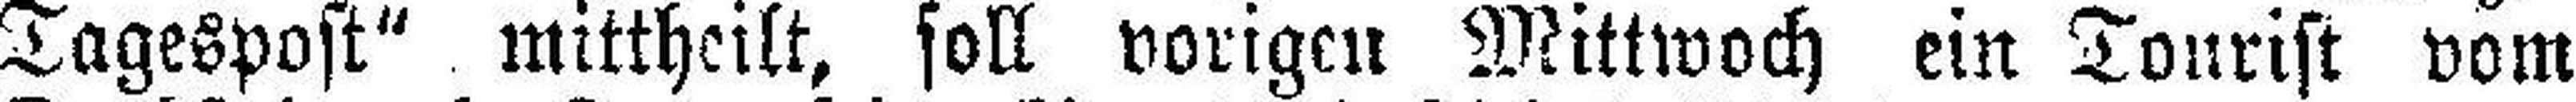
Tagespost“ mittheilt, soll vorigen Mittwoch ein Tourist vom